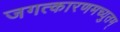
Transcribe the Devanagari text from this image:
जगत्कारणमच्युतम्